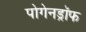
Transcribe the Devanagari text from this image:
पोगेनड्रॉफ